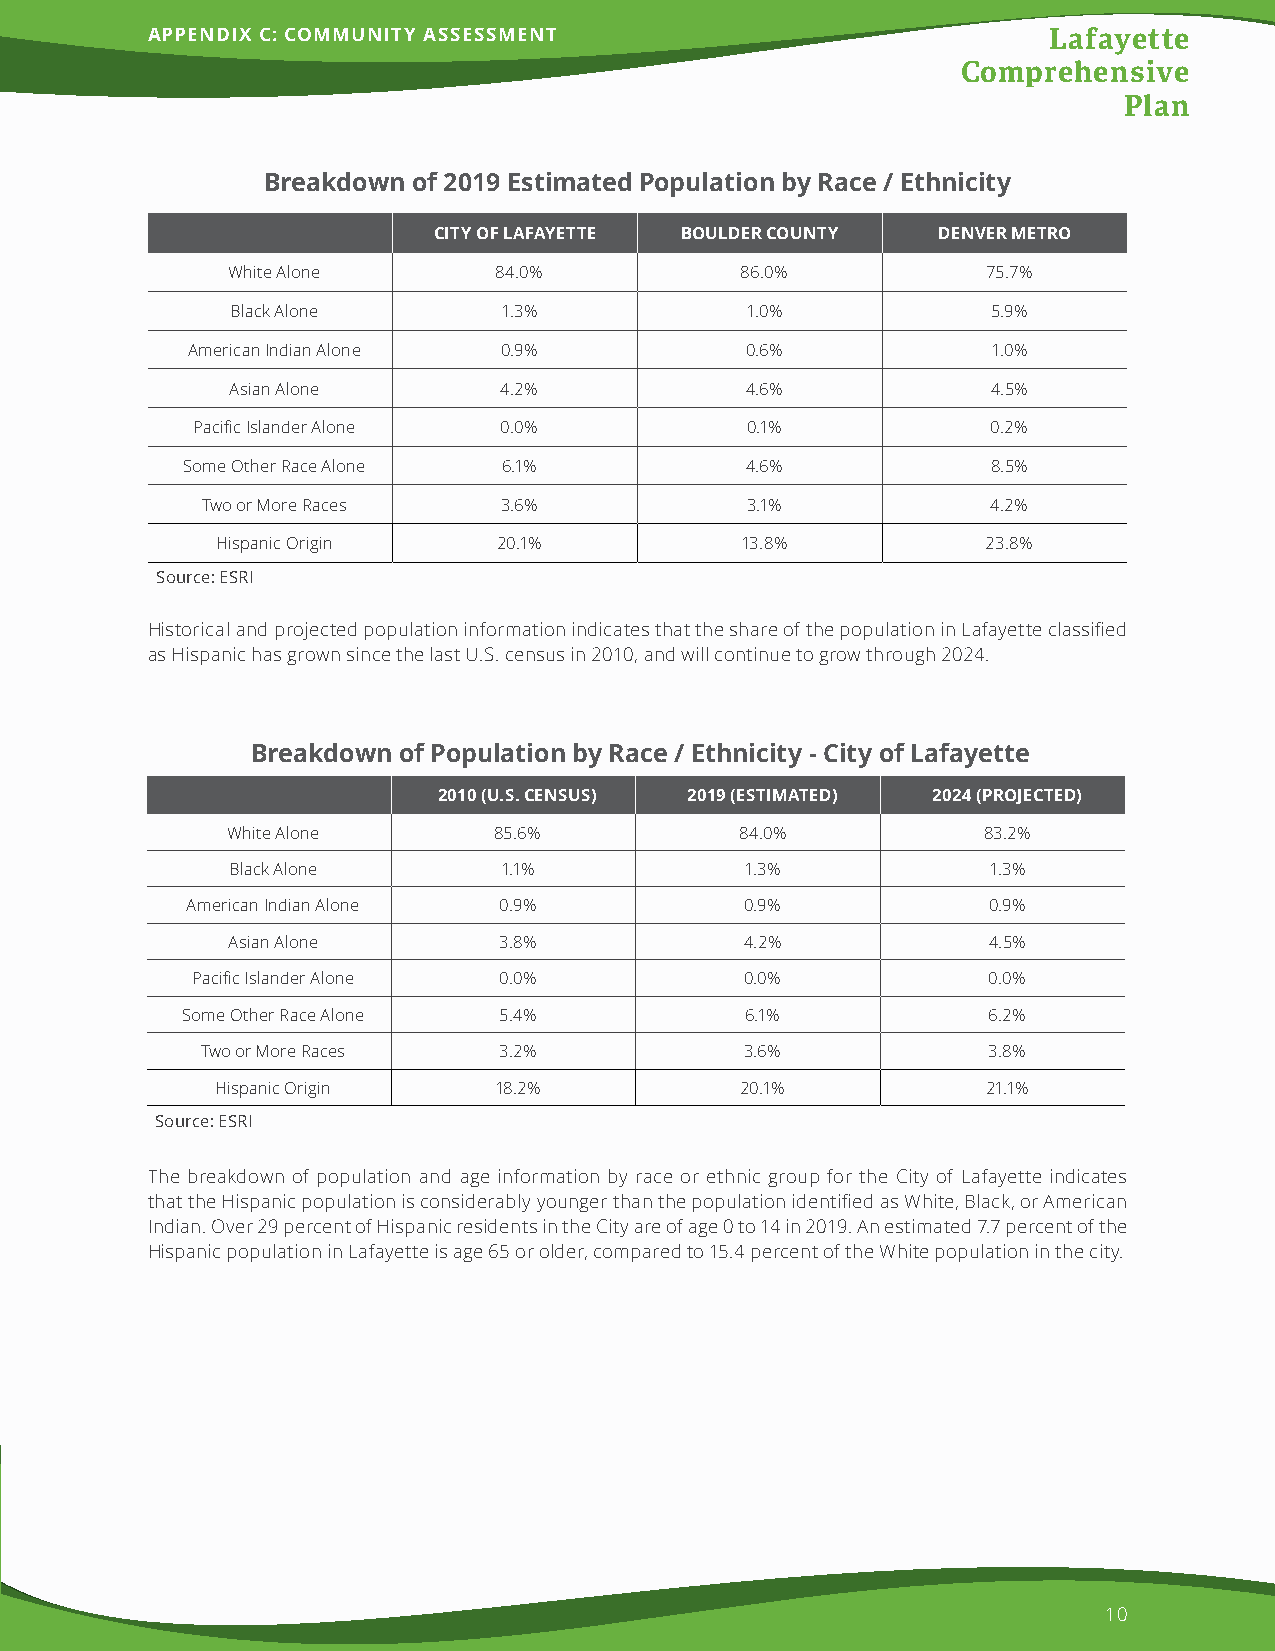
APPENDIX C: COMMUNITY ASSESSMENT                           Lafayette
 Comprehensive
 Plan
 Breakdown of 2019 Estimated Population by Race / Ethnicity
 CITY OF LAFAYETTE BOULDER COUNTY DENVER METRO
 White Alone       84.0%           86.0%           75.7%
 Black Alone       1.3%            1.0%             5.9%
 American Indian Alone 0.9%           0.6%             1.0%
 Asian Alone       4.2%            4.6%             4.5%
 Pacific Islander Alone 0.0%         0.1%             0.2%
 Some Other Race Alone 6.1%           4.6%             8.5%
 Two or More Races   3.6%            3.1%             4.2%
 Hispanic Origin    20.1%           13.8%           23.8%
 Source: ESRI
 Historical and projected population information indicates that the share of the population in Lafayette classified
 as Hispanic has grown since the last U.S. census in 2010, and will continue to grow through 2024.
 BBrreeaakkddoowwnn ooff PPooppuullaattiioonn bbyy RRaaccee // EEtthhnniicciittyy -- CCiittyy ooff LLaaffaayyeettttee
 2010 (U.S. CENSUS) 2019 (ESTIMATED) 2024 (PROJECTED)
 White Alone       85.6%           84.0%           83.2%
 Black Alone       1.1%            1.3%            1.3%
 American Indian Alone 0.9%           0.9%            0.9%
 Asian Alone       3.8%            4.2%            4.5%
 Pacific Islander Alone 0.0%         0.0%            0.0%
 Some Other Race Alone 5.4%           6.1%            6.2%
 Two or More Races   3.2%            3.6%            3.8%
 Hispanic Origin    18.2%           20.1%           21.1%
 Source: ESRI
 The breakdown of population and age information by race or ethnic group for the City of Lafayette indicates
 that the Hispanic population is considerably younger than the population identified as White, Black, or American
 Indian. Over 29 percent of Hispanic residents in the City are of age 0 to 14 in 2019. An estimated 7.7 percent of the
 Hispanic population in Lafayette is age 65 or older, compared to 15.4 percent of the White population in the city.
 10